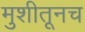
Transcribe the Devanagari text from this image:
मुशीतूनच